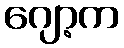
ဂျော့က